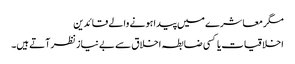
مگر معاشرے میں پیدا ہونے والے قائدین
اخلاقیات یا کسی ضابطہ اخلاق سے بے نیاز نظر آتے ہیں۔